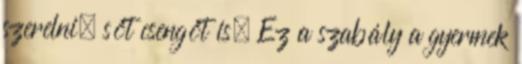
szerelni, sőt csengőt is. Ez a szabály a gyermek